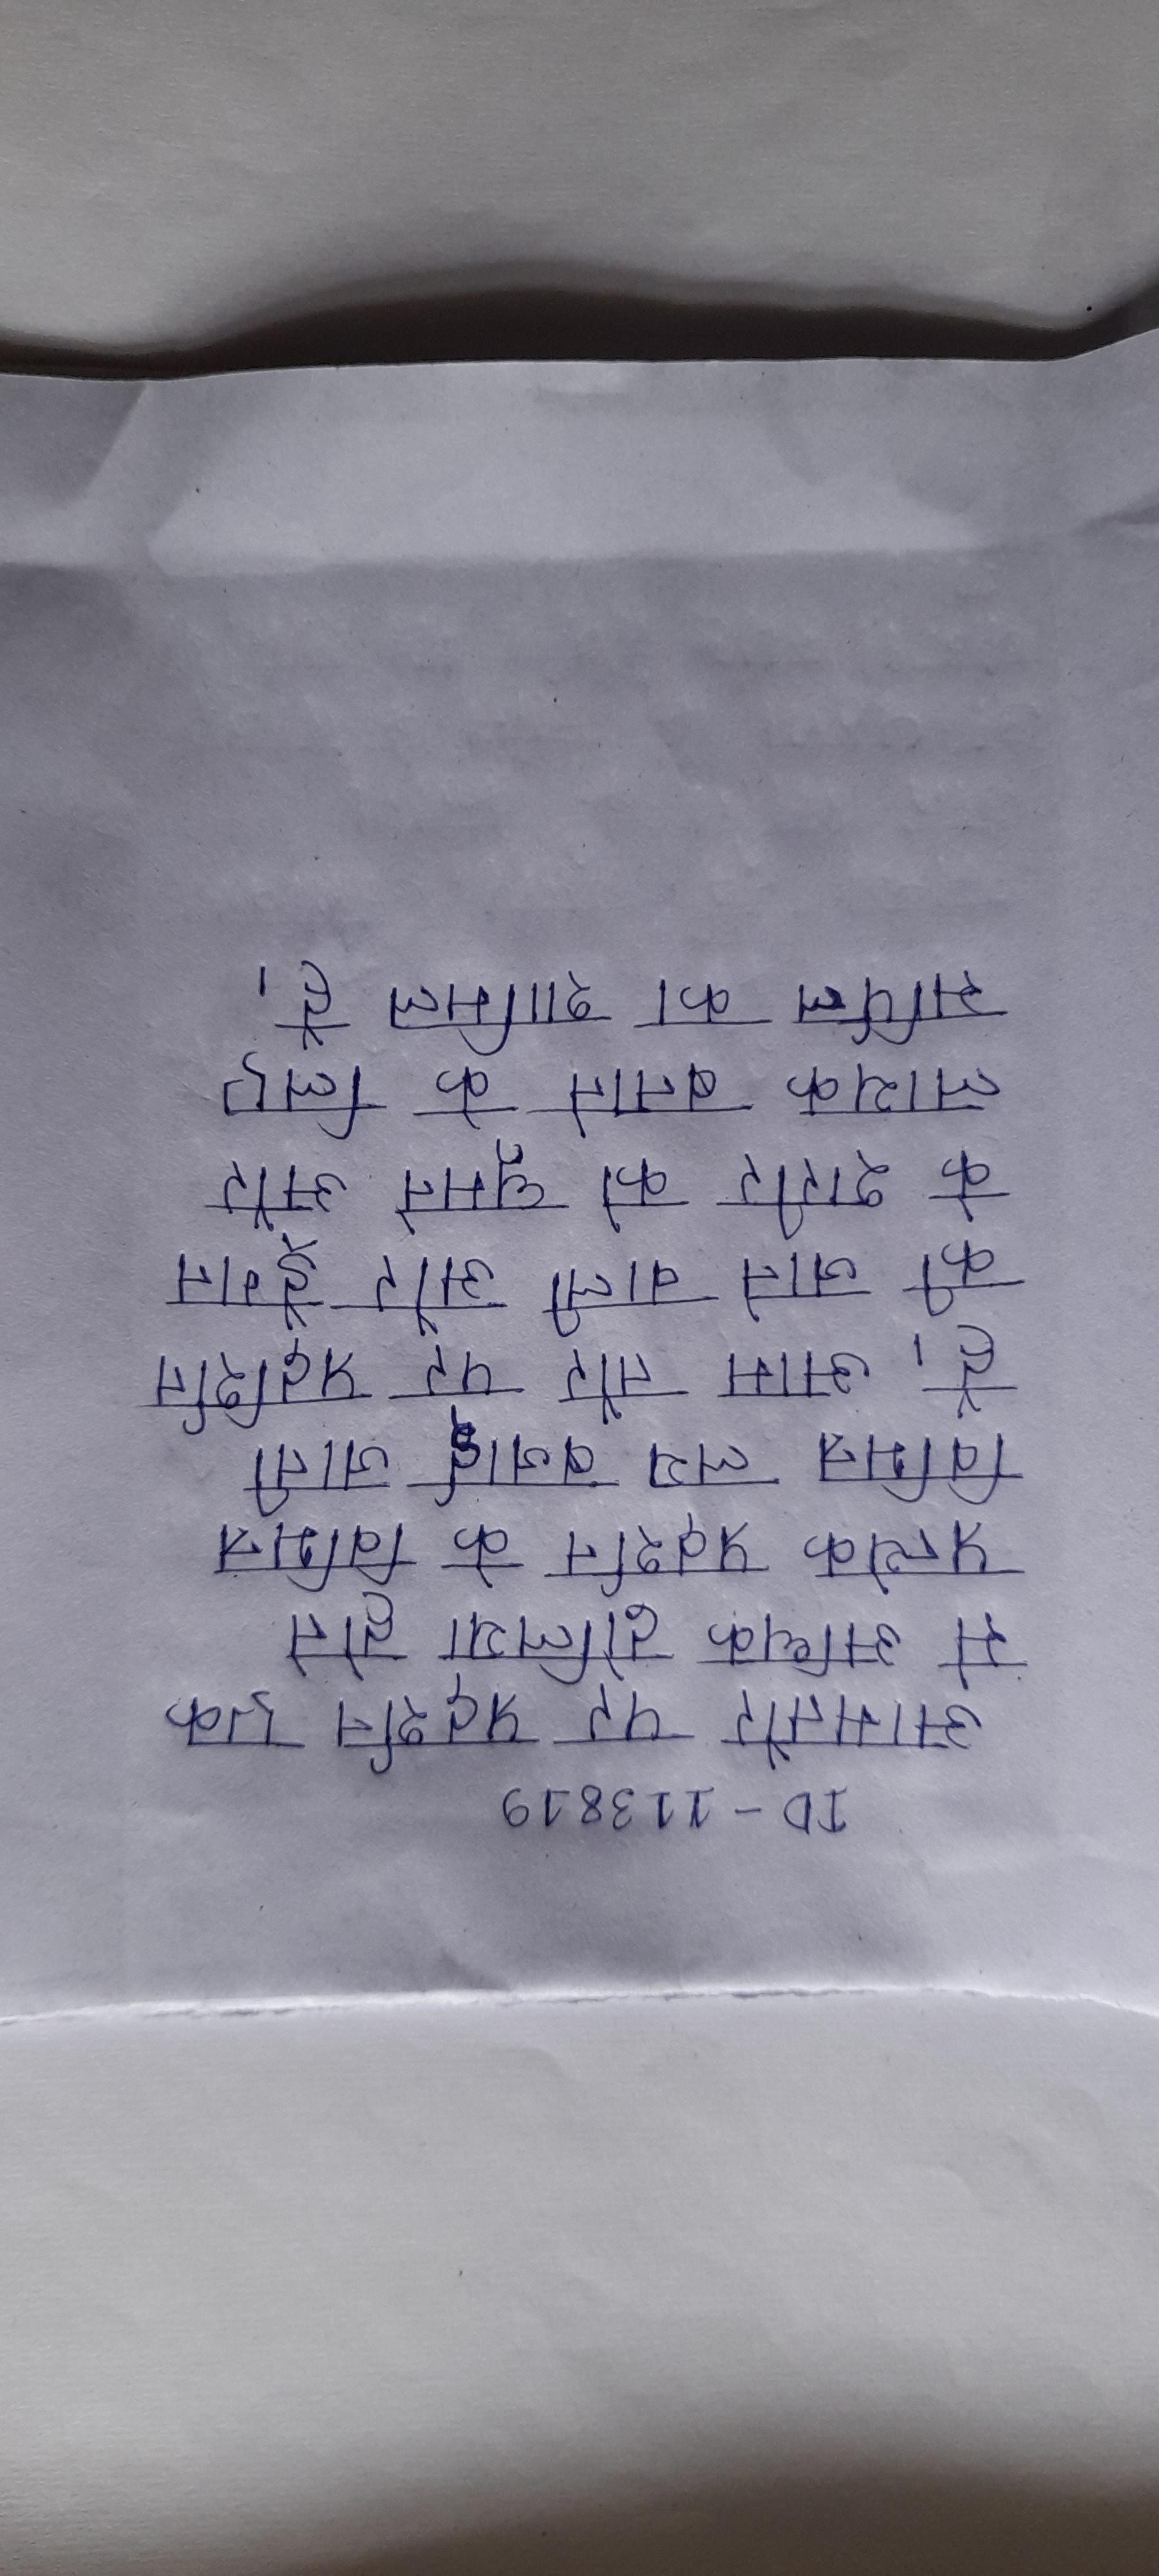
आमतौर पर प्रदर्शन एक से अधिक ढोलिया होते प्रत्येक प्रदर्शन के विभिन्न विभिन्न लय बजाई जाती है । आम तौर पर प्रदर्शित की जाने वाली और ड्रैगन के शरीर को घूमने और लायक बनाने के लिए सर्पिल का शामिल है ।